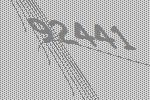
92441